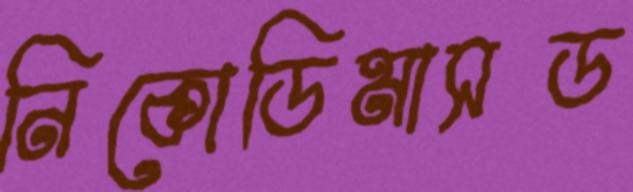
নিকোডিমাসড